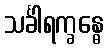
သင်္ခါရက္ခန္ဓေ